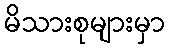
မိသားစုများမှာ